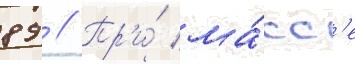
89 // Пр'и́ ма́сс'е